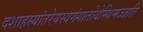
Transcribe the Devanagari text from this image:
दशाहस्यांतरेयस्यगंगातोयेस्थिमज्जति